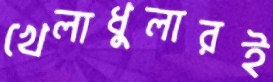
খেলাধুলারই